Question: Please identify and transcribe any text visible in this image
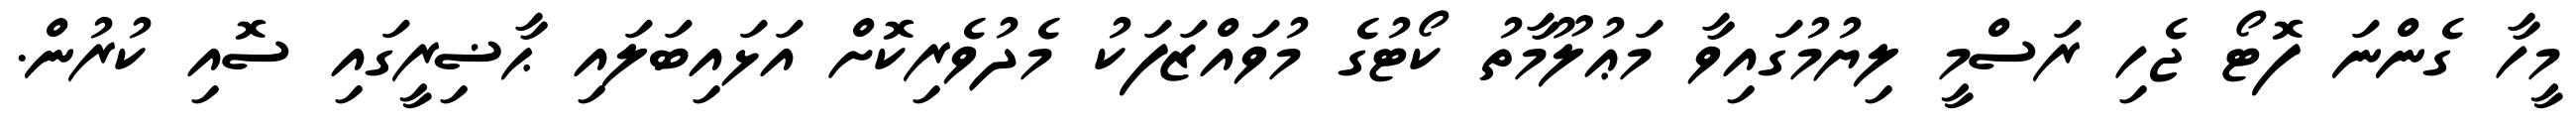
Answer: މީހާ ގެންނަ ފޮޓޯ ޖެހި ރަސްމީ ލިޔުމުގައިވާ މަޢުލޫމާތު ކޯޓުގެ މުވައްޒަފަކު މެދުވެރިކޮށް އަޅައިބަލައި ޙާޟިރީގައި ސޮއި ކުރުން.